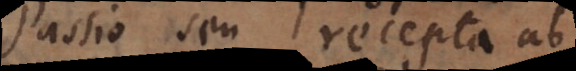
Passio seu recepta ab